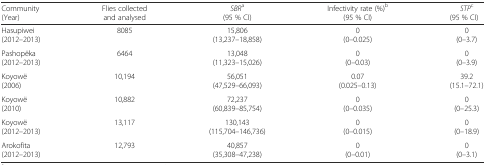
| Community (Year) | Flies collected and analysed | SBRa (95 % CI) | Infectivity rate (%)b (95 % CI) | STPc (95 % CI) |
 | --- | --- | --- | --- | --- |
 | Hasupiwei (2012–2013) | 8085 | 15,806 (13,237–18,858) | 0 (0–0.025) | 0 (0–3.7) |
 | Pashopëka (2012–2013) | 6464 | 13,048 (11,323–15,026) | 0 (0–0.03) | 0 (0–3.9) |
 | Koyowë (2006) | 10,194 | 56,051 (47,529–66,093) | 0.07 (0.025–0.13) | 39.2 (15.1–72.1) |
 | Koyowë (2010) | 10,882 | 72,237 (60,839–85,754) | 0 (0–0.035) | 0 (0–25.3) |
 | Koyowë (2012–2013) | 13,117 | 130,143 (115,704–146,736) | 0 (0–0.015) | 0 (0–18.9) |
 | Arokofita (2012–2013) | 12,793 | 40,857 (35,308–47,238) | 0 (0–0.01) | 0 (0–3.1) |